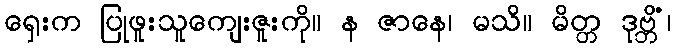
ရှေးက ပြုဖူးသူကျေးဇူးကို။ န ဇာနေ၊ မသိ။ မိတ္တ ဒုဗ္ဘိံ၊